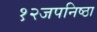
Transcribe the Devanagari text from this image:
१२जपनिष्ठा